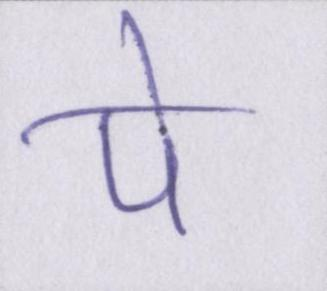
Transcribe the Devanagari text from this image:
पे